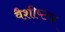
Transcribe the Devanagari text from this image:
वैशीष्ट्य